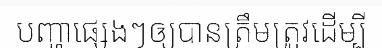
បញ្ហាផ្សេងៗឲ្យបានត្រឹមត្រូវដើម្បី